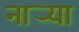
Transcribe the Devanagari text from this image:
नार्‍या